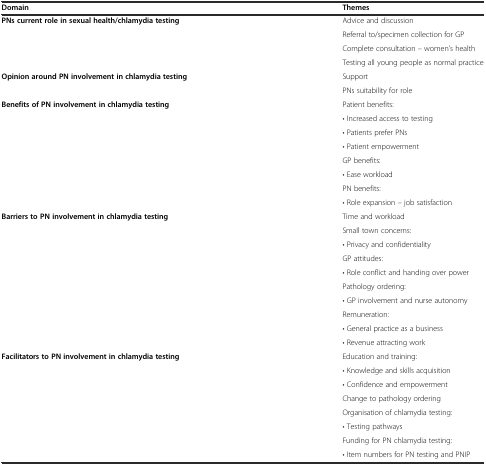
<table><thead><tr><td><b>Domain</b></td><td><b>Themes</b></td></tr></thead><tbody><tr><td rowspan="4"><b>PNs current role in sexual health/chlamydia testing</b></td><td>Advice and discussion</td></tr><tr><td>Referral to/specimen collection for GP</td></tr><tr><td>Complete consultation – women’s health</td></tr><tr><td>Testing all young people as normal practice</td></tr><tr><td rowspan="2"><b>Opinion around PN involvement in chlamydia testing</b></td><td>Support</td></tr><tr><td>PNs suitability for role</td></tr><tr><td rowspan="8"><b>Benefits of PN involvement in chlamydia testing</b></td><td>Patient benefits:</td></tr><tr><td>• Increased access to testing</td></tr><tr><td>• Patients prefer PNs</td></tr><tr><td>• Patient empowerment</td></tr><tr><td>GP benefits:</td></tr><tr><td>• Ease workload</td></tr><tr><td>PN benefits:</td></tr><tr><td>• Role expansion – job satisfaction</td></tr><tr><td rowspan="10"><b>Barriers to PN involvement in chlamydia testing</b></td><td>Time and workload</td></tr><tr><td>Small town concerns:</td></tr><tr><td>• Privacy and confidentiality</td></tr><tr><td>GP attitudes:</td></tr><tr><td>• Role conflict and handing over power</td></tr><tr><td>Pathology ordering:</td></tr><tr><td>• GP involvement and nurse autonomy</td></tr><tr><td>Remuneration:</td></tr><tr><td>• General practice as a business</td></tr><tr><td>• Revenue attracting work</td></tr><tr><td rowspan="8"><b>Facilitators to PN involvement in chlamydia testing</b></td><td>Education and training:</td></tr><tr><td>• Knowledge and skills acquisition</td></tr><tr><td>• Confidence and empowerment</td></tr><tr><td>Change to pathology ordering</td></tr><tr><td>Organisation of chlamydia testing:</td></tr><tr><td>• Testing pathways</td></tr><tr><td>Funding for PN chlamydia testing:</td></tr><tr><td>• Item numbers for PN testing and PNIP</td></tr></tbody></table>